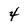
Character: 4